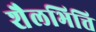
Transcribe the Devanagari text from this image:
शैलभित्ति